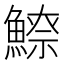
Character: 𩺚